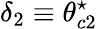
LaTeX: \delta_{2}\equiv\theta_{c2}^{\star}